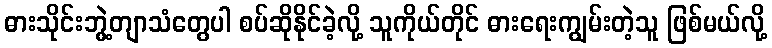
ဓားသိုင်းဘွဲ့တျာသံတွေပါ စပ်ဆိုနိုင်ခဲ့လို့ သူကိုယ်တိုင် ဓားရေးကျွမ်းတဲ့သူ ဖြစ်မယ်လို့